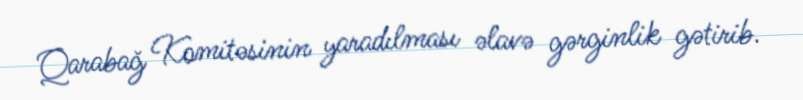
Qarabağ Komitəsinin yaradılması əlavə gərginlik gətirib.